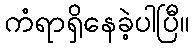
ကံရာရှိနေခဲ့ပါပြီ။